Senior Leaving Certificate Examination (including Day School Certificate (Higher) General paper), 1950
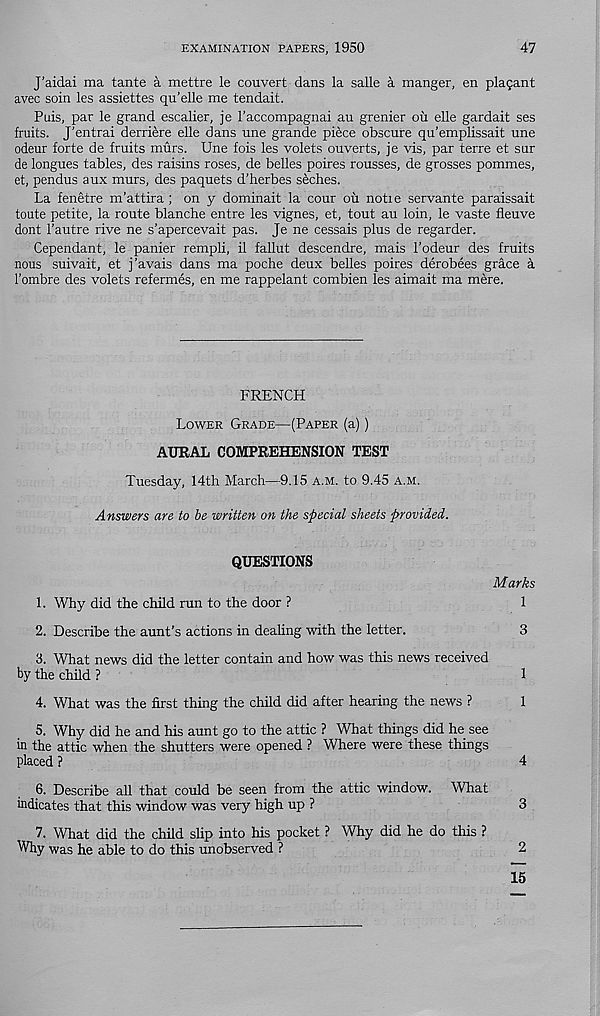
EXAMINATION PAPERS, 1950
47
J’aidai ma tante a mettre le couvert dans la salle a manger, en plagant
avec soin les assiettes qu’elle me tendait.
Puis, par le grand escalier, je 1’accompagnai an grenier on elle gardait ses
fruits. J'entrai derriere elle dans une grande piece obscure qu’emplissait une
odeur forte de fruits murs. Une fois les volets ouverts, je vis, par terre et sur
de longues tables, des raisins roses, de belles poires rousses, de grosses pommes,
et, pendus aux murs, des paquets d’herbes seches.
La fenetre m’attira ; on y dominait la cour ou notie servante paraissait
toute petite, la route blanche entre les vignes, et, tout au loin, le vaste fleuve
dont 1’autre rive ne s’apercevait pas. Je ne cessais plus de regarder.
Cependant, le panier rempli, il fallut descendre, mais 1’odeur des fruits
nous suivait, et j’avais dans ma poche deux belles poires derobees grace a
I’ombre des volets refermes, en me rappelant combien les aimait ma mere.
FRENCH
Lower Grade—(Paper (a))
AURAL COMPREHENSION TEST
Tuesday, 14th March—9.15 a.m. to 9.45 a.m.
Answers are to be written on the special sheets provided.
QUESTIONS
Marks
1. Why did the child run to the door ?
1
2. Describe the aunt’s actions in dealing with the letter.
3
3. What news did the letter contain and how was this news received
by the child ?
1
4. What was the first thing the child did after hearing the news ?
1
5. Why did he and his aunt go to the attic ? What things did he see
in the attic when the shutters were opened ? Where were these things
placed ?
4
6. Describe all that could be seen from the attic window. What
indicates that this window was very high up ?
3
7. What did the child slip into his pocket ? Why did he do this ?
Why was he able to do this unobserved ?
2
15